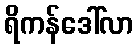
ရိကန်ဒေါ်လာ